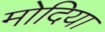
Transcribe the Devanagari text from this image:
मोदिया